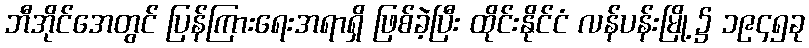
ဘီအိုင်အေတွင် ပြန်ကြားရေးအရာရှိ ဖြစ်ခဲ့ပြီး ထိုင်းနိုင်ငံ လန်ပန်းမြို့၌ ၁၉၄၅ခု